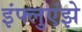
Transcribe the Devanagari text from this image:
इंफ्लुएंझे